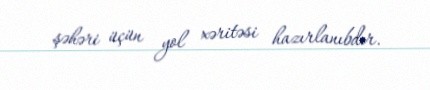
şəhəri üçün yol xəritəsi hazırlanıbdır.